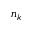
n _ { k }